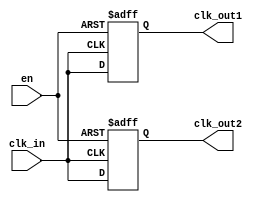
module basic_clock_buffer (
    input wire clk_in,       // Clock input
    input wire en,          // Enable signal
    output reg clk_out1,    // First clock output
    output reg clk_out2     // Second clock output
    // You can add more outputs as needed
);

    // Clock buffer functionality with enable control
    always @(posedge clk_in or negedge en) begin
        if (!en) begin
            clk_out1 <= 1'b0;  // Drive output low when disabled
            clk_out2 <= 1'b0;  // Drive output low when disabled
        end else begin
            clk_out1 <= clk_in; // Buffer the clock input
            clk_out2 <= clk_in; // Buffer the clock input
        end
    end

endmodule